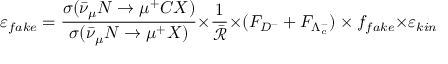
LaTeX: \varepsilon _ { f a k e } = \frac { \sigma ( \bar { \nu } _ { \mu } N \rightarrow \mu ^ { + } C X ) } { \sigma ( \bar { \nu } _ { \mu } N \rightarrow \mu ^ { + } X ) } { \times } \frac { 1 } { \bar { \mathcal { R } } } { \times } ( F _ { D ^ { - } } + F _ { \Lambda _ { c } ^ { - } } ) \times f _ { f a k e } { \times } \varepsilon _ { k i n }